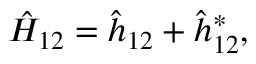
\hat { H } _ { 1 2 } = \hat { h } _ { 1 2 } + \hat { h } _ { 1 2 } ^ { * } ,